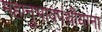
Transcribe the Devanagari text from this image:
महानुभावपंथीयांना